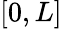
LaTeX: \lbrack 0,L\rbrack